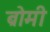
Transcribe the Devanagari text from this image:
ब्रोमी